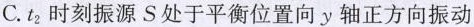
C.t_{2}时刻振源S处于平衡位置向y轴正方向振动